Document type: Sale
Year: 1326
Scribe: Bartomeu Marc
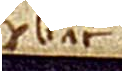
Probata.